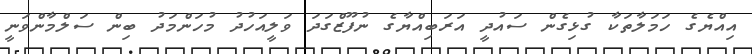
އިއްޔެގެ ހަމަލާތަކާ ގުޅިގެން ސައުދީ އަރަބިއްޔާގެ ނުފޫޒްގަދަ ވަލީއަހުދު މުހަންމަދު ބިން ސަލްމާންވަނީ